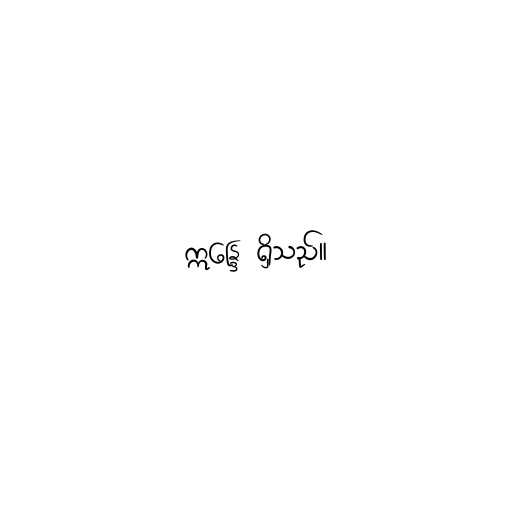
ဣန္ဒြေ ရှိသည်။